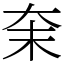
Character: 㭐